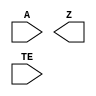
/**
 * Copyright 2020 The SkyWater PDK Authors
 *
 * Licensed under the Apache License, Version 2.0 (the "License");
 * you may not use this file except in compliance with the License.
 * You may obtain a copy of the License at
 *
 *     https://www.apache.org/licenses/LICENSE-2.0
 *
 * Unless required by applicable law or agreed to in writing, software
 * distributed under the License is distributed on an "AS IS" BASIS,
 * WITHOUT WARRANTIES OR CONDITIONS OF ANY KIND, either express or implied.
 * See the License for the specific language governing permissions and
 * limitations under the License.
 *
 * SPDX-License-Identifier: Apache-2.0
 */

`ifndef SKY130_FD_SC_HVL__EINVP_SYMBOL_V
`define SKY130_FD_SC_HVL__EINVP_SYMBOL_V

/**
 * einvp: Tri-state inverter, positive enable.
 *
 * Verilog stub (without power pins) for graphical symbol definition
 * generation.
 *
 * WARNING: This file is autogenerated, do not modify directly!
 */

`timescale 1ns / 1ps
`default_nettype none

(* blackbox *)
module sky130_fd_sc_hvl__einvp (
    //# {{data|Data Signals}}
    input  A ,
    output Z ,

    //# {{control|Control Signals}}
    input  TE
);

    // Voltage supply signals
    supply1 VPWR;
    supply0 VGND;
    supply1 VPB ;
    supply0 VNB ;

endmodule

`default_nettype wire
`endif  // SKY130_FD_SC_HVL__EINVP_SYMBOL_V